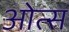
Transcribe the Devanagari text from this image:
ओत्स